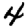
Digit: 4